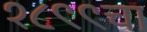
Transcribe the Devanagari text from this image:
१८९९चा